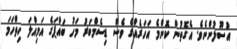
އުސޫލުންނެވެ. އެގޮތުން ކޮންމެ އަހަރެއްގެ ވެސް ޑިސެމްބަރު މަހު ބައްޕަގެ އަމިއްލަ ހިތްހަމަ